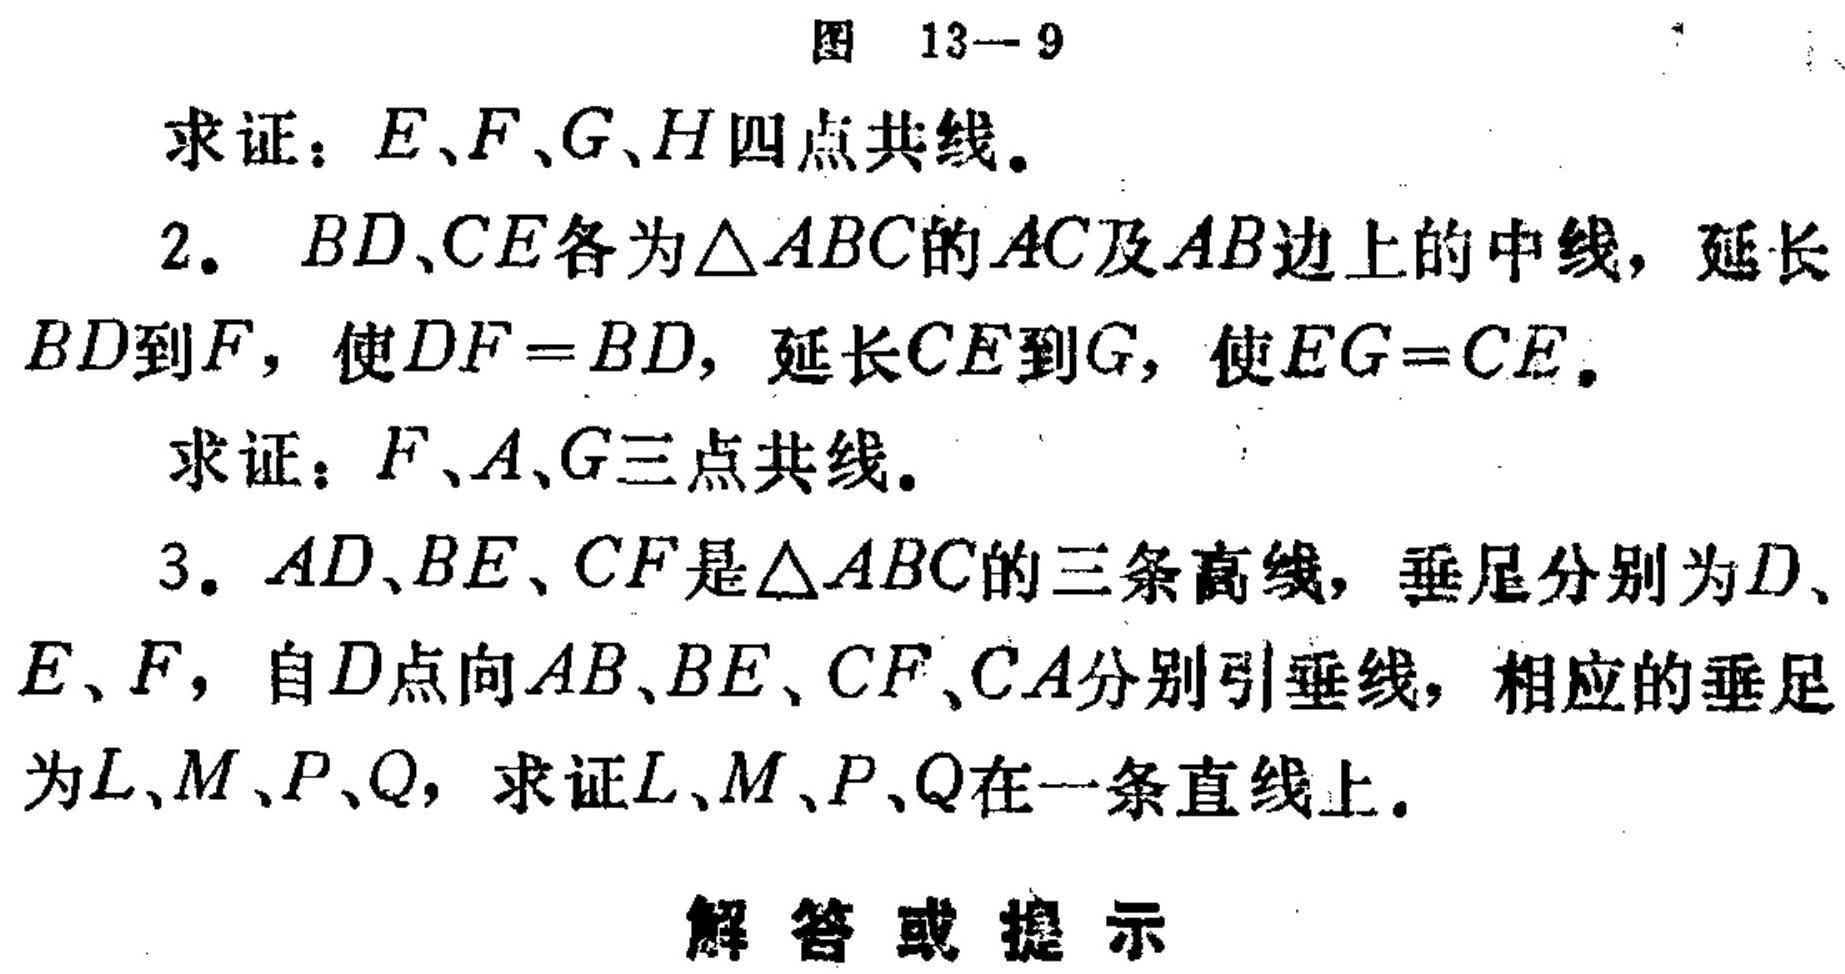
图 13—9

求证：\(E、F、G、H\)四点共线。

2. \(BD、CE\)各为\(\triangle ABC\)的\(AC\)及\(AB\)边上的中线，延长\(BD\)到\(F\)，使\(DF = BD\)，延长\(CE\)到\(G\)，使\(EG = CE\)。

求证：\(F、A、G\)三点共线。

3. \(AD、BE、CF\)是\(\triangle ABC\)的三条高线，垂足分别为\(D、E、F\)，自\(D\)点向\(AB、BE、CF、CA\)分别引垂线，相应的垂足为\(L、M、P、Q\)，求证\(L、M、P、Q\)在一条直线上。

解答或提示